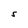
Character: S